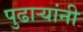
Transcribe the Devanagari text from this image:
पुढार्‍यांनी